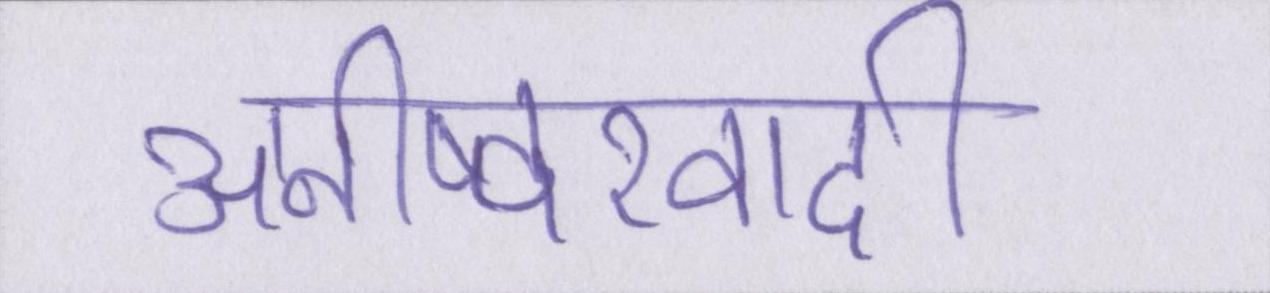
अनीष्वरवादी